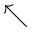
\nwarrow